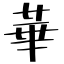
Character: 華